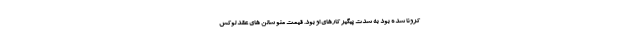
کرونا شده بود به شدت پیگیر کارهای او بود. قیمت منو سالن های عقد لوکس